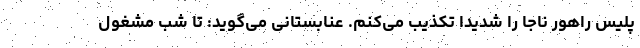
پلیس راهور ناجا را شدیدا تکذیب می‌کنم. عنابستانی می‌گوید: تا شب مشغول